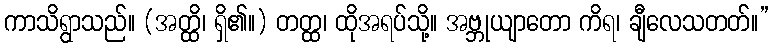
ကာသိရွာသည်။ (အတ္ထိ၊ ရှိ၏။) တတ္ထ၊ ထိုအရပ်သို့။ အဗ္ဘုယျာတော ကိရ၊ ချီလေသတတ်။”